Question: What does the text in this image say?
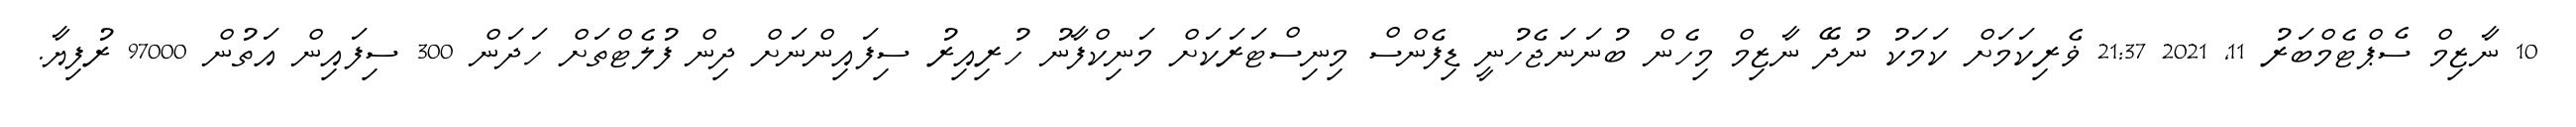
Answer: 10 ނާޒިމް ސެޕްޓެމްބަރު 11, 2021 21:37 ޥެރިކަމަށް ކަމަކު ނުދޭ ނާޒިމް މިހެން ބުނަނަޖެހުނީ ޑިފެންސް މިނިސްޓަރަކަށް މަނިކްފާނު ހުރިއިރު ސިފައިންނަށް ދިން ފުލެޓްތަށް ހަދަން 300 ސިފައިން އަތުން 97000 ރުފިޔާ.